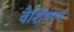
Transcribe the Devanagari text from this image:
वैशिष्टपुर्ण